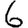
Digit: 6